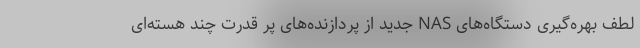
لطف بهره‌گیری دستگاه‌های NAS جدید از پردازنده‌های پر قدرت چند هسته‌ای